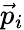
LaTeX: \vec{p}_{i}